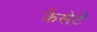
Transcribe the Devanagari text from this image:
कैसेटें